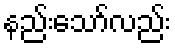
နည်းသော်လည်း